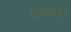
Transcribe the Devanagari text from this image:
दोघांकडून